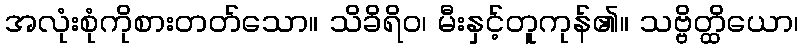
အလုံးစုံကိုစားတတ်သော။ သိခိရိဝ၊ မီးနှင့်တူကုန်၏။ သဗ္ဗိတ္ထိယော၊